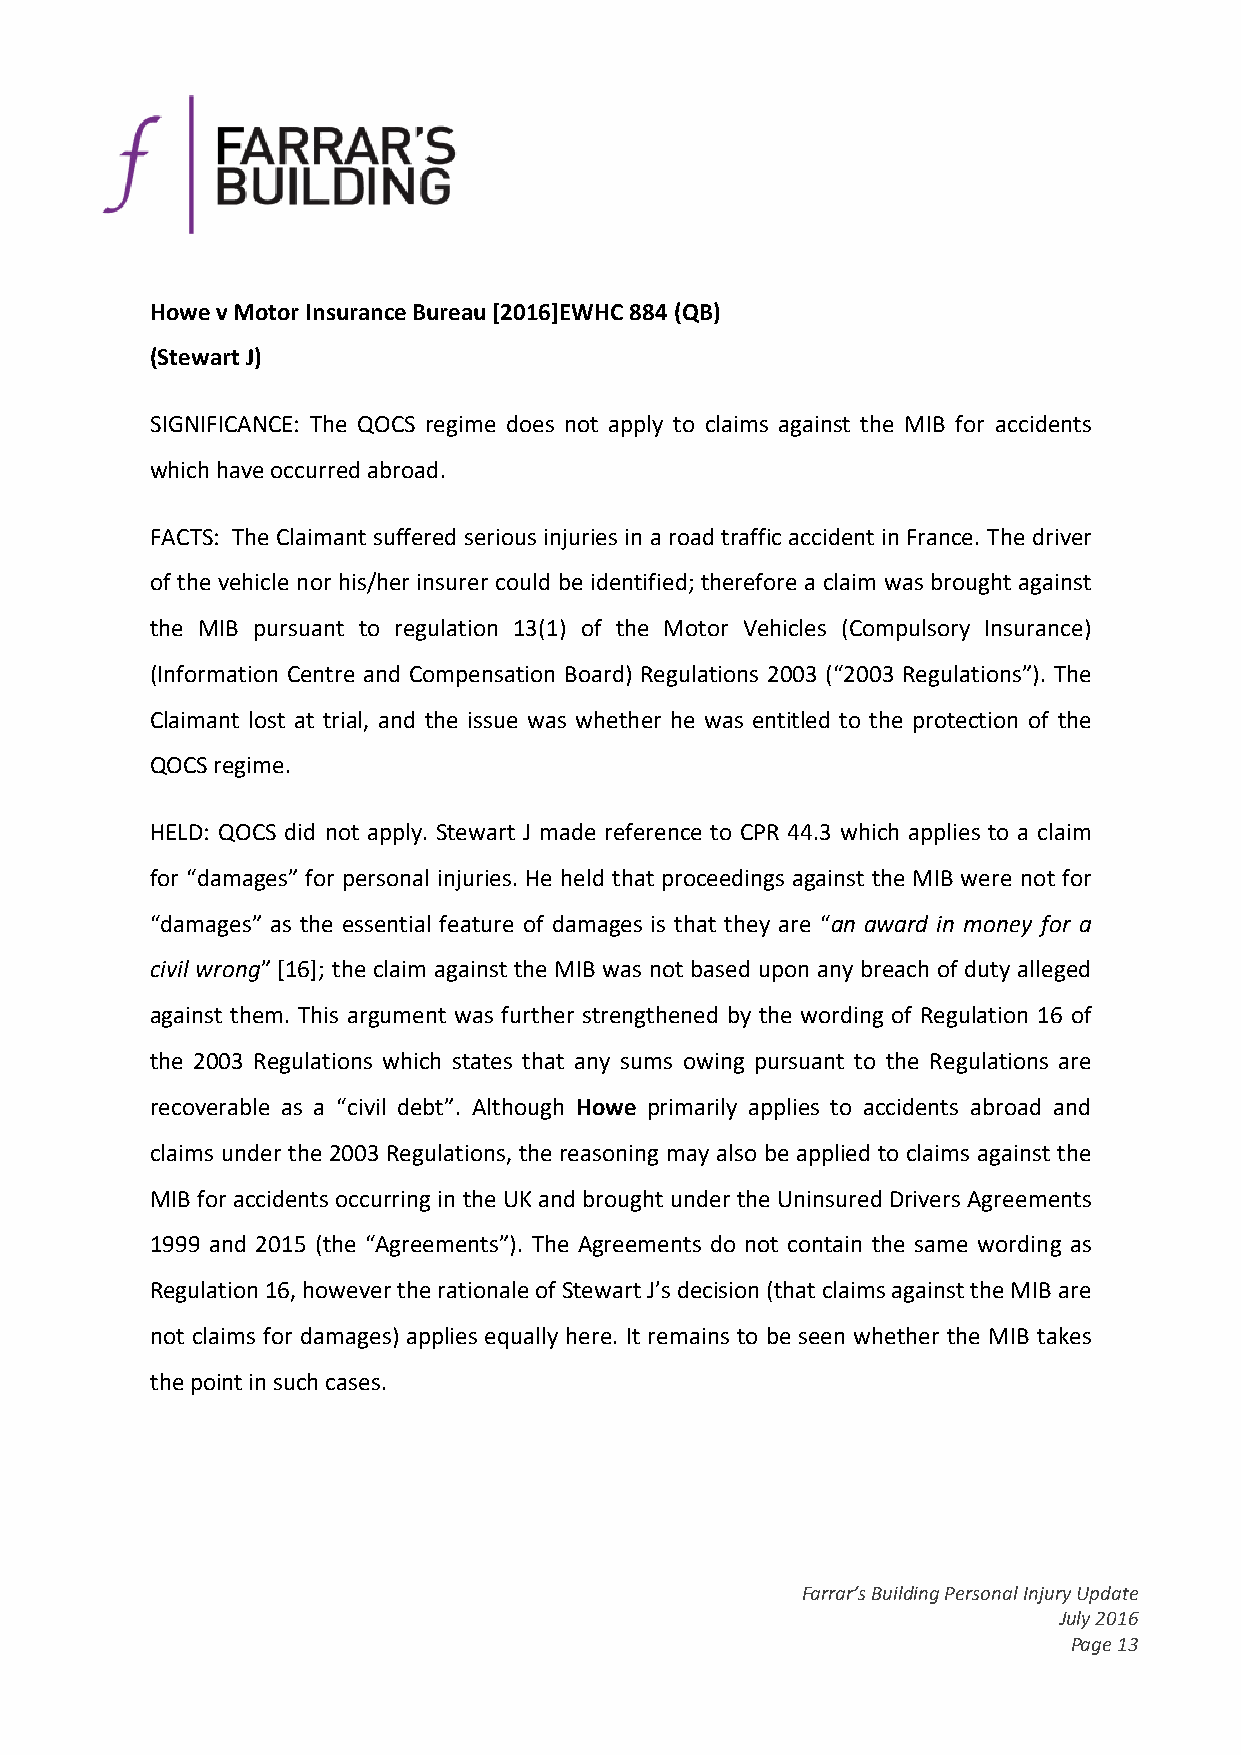
HowevMotorInsuranceBureau[2016]EWHC884(QB)
 (StewartJ)
 SIGNIFICANCE: The QOCS regime does not apply to claims against the MIB for accidents
 whichhaveoccurredabroad.
 FACTS: The Claimant suffered seriousinjuriesin a road trafficaccident inFrance.The driver
 of the vehicle nor his/her insurer could be identified; therefore a claim was brought against
 the MIB pursuant to regulation 13(1) of the Motor Vehicles (Compulsory Insurance)
 (Information Centre and Compensation Board) Regulations 2003 (“2003 Regulations”). The
 Claimant lost at trial, and the issue was whether he was entitled to the protection of the
 QOCSregime.
 HELD: QOCS did not apply. Stewart J made reference to CPR 44.3 which applies to a claim
 for “damages” for personal injuries. He held that proceedings against the MIB were not for
 “damages” as the essential feature of damages is that they are “an award in money for a
 civil wrong” [16]; the claim against the MIB was not based upon any breach of duty alleged
 against them. This argument was further strengthened by the wording of Regulation 16 of
 the 2003 Regulations which states that any sums owing pursuant to the Regulations are
 recoverable as a “civil debt”. Although Howe primarily applies to accidents abroad and
 claims under the 2003 Regulations, the reasoning may also be applied to claims against the
 MIBfor accidentsoccurringin the UKand brought underthe UninsuredDriversAgreements
 1999 and 2015 (the “Agreements”). The Agreements do not contain the same wording as
 Regulation16,howevertherationaleofStewartJ’sdecision(thatclaimsagainsttheMIBare
 not claims for damages) applies equally here. It remains to be seen whether the MIB takes
 thepointinsuchcases.
 Farrar’sBuildingPersonalInjuryUpdate
 July2016
 Page13